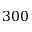
3 0 0